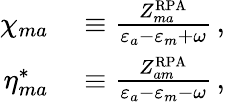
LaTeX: \begin{array}{rl}{\chi_{ma}}&{{}\equiv\frac{Z_{ma}^{\mathrm{RPA}}}{\varepsilon_{a}-\varepsilon_{m}+\omega}\, ,}\\ {\eta_{ma}^{*}}&{{}\equiv\frac{Z_{am}^{\mathrm{RPA}}}{\varepsilon_{a}-\varepsilon_{m}-\omega}\, ,}\end{array}